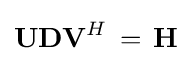
\mathbf {UDV} ^{H}\,=\,\mathbf {H}